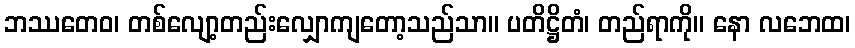
ဘဿတေဝ၊ တစ်လျော့တည်းလျှောကျတော့သည်သာ။ ပတိဋ္ဌိတံ၊ တည်ရာကို။ နော လဘေထ၊